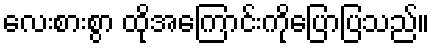
လေးစားစွာ ထိုအကြောင်းကိုပြောပြသည်။